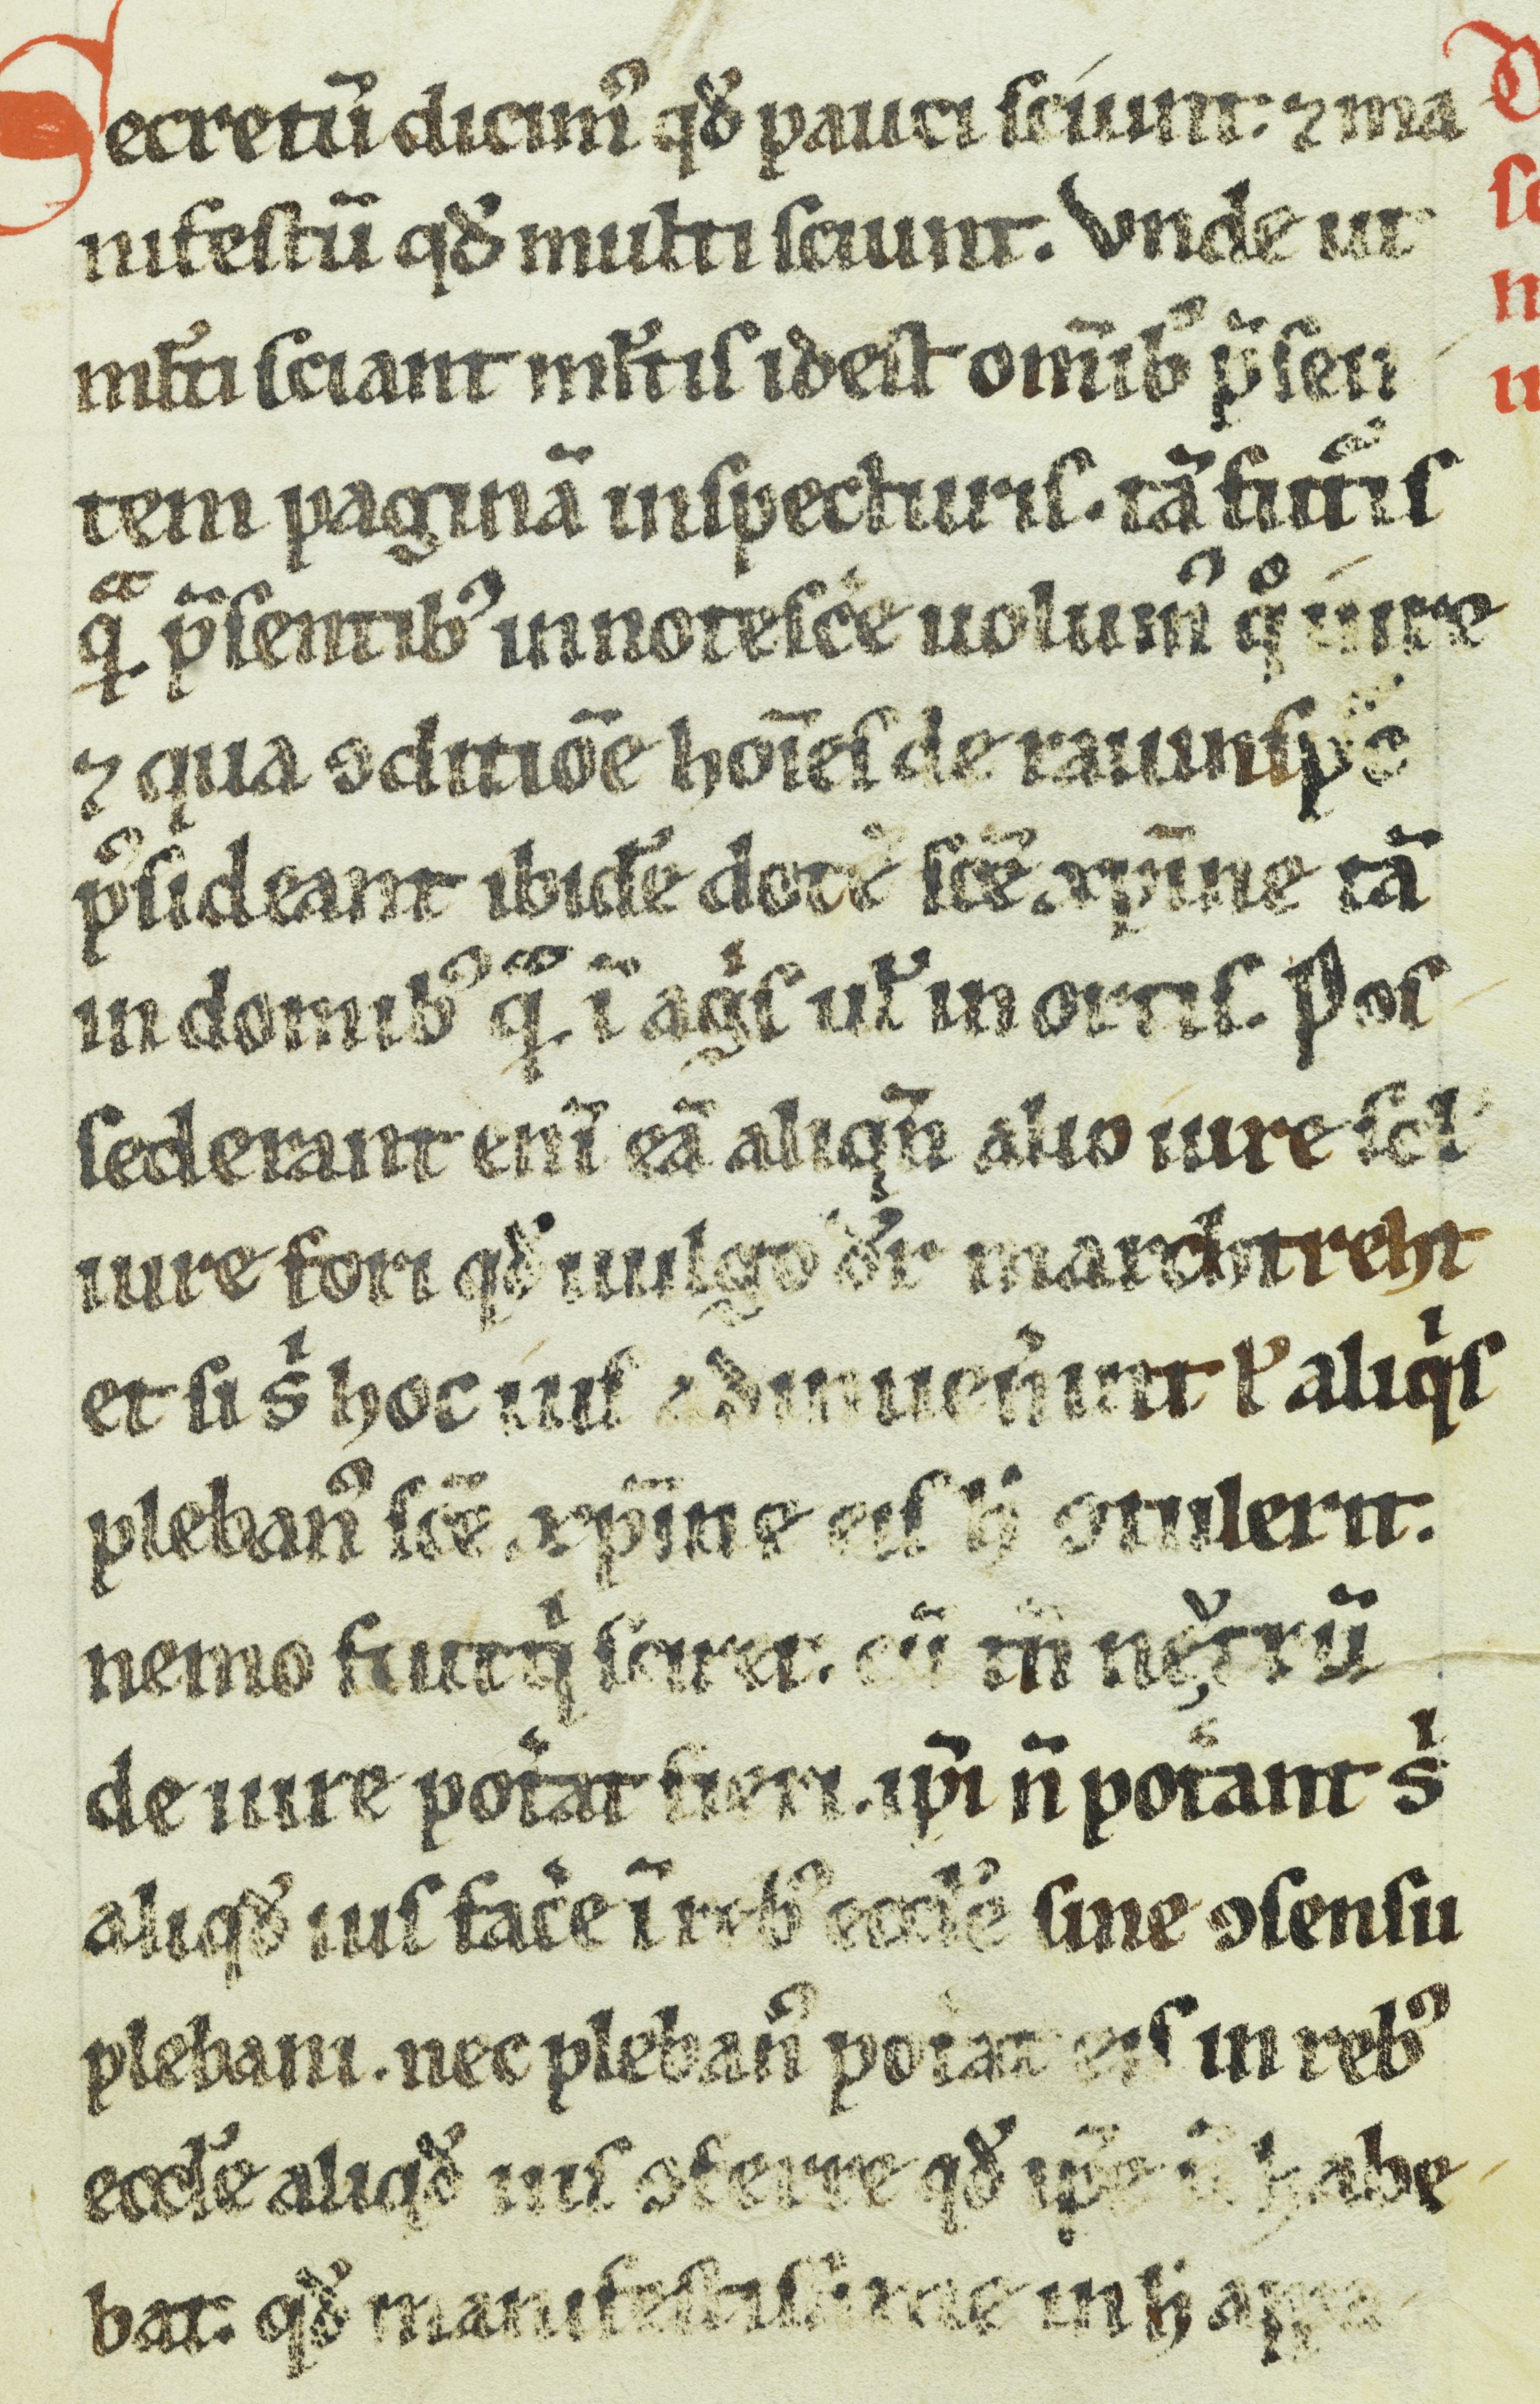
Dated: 1200–1399